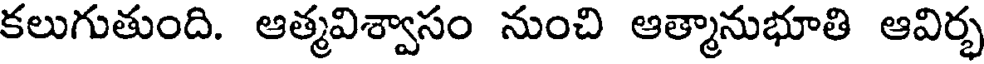
కలుగుతుంది. ఆత్మవిశ్వాసం నుంచి ఆత్మానుభూతి ఆవిర్భ